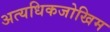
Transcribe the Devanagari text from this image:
अत्यधिकजोखिम